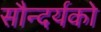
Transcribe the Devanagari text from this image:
सौन्दर्यको